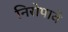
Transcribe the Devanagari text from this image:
निरोपावे